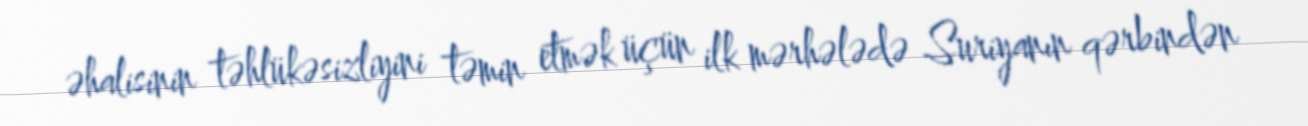
əhalisinin təhlükəsizliyini təmin etmək üçün ilk mərhələdə Suriyanın qərbindən